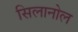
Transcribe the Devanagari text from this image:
सिलानोल